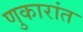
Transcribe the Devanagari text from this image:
णुकारांत